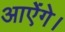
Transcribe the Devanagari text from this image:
आऐंगे।